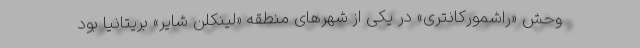
وحش «راشمورکانتری» در یکی از شهرهای منطقه «لینکلن شایر» بریتانیا بود